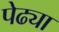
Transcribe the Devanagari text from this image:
पेढ्या